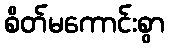
စိတ်မကောင်းစွာ